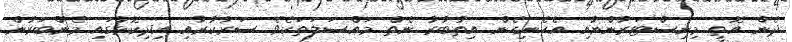
ދެން އޮތީ މިނިސްޓަރުންނާއި އެހެނިހެން އިތުބާރު ނެތް މައްސަލަތަކެވެ. ސަރުކާރާއި އިދިކޮޅުގައި މެންބަރުން